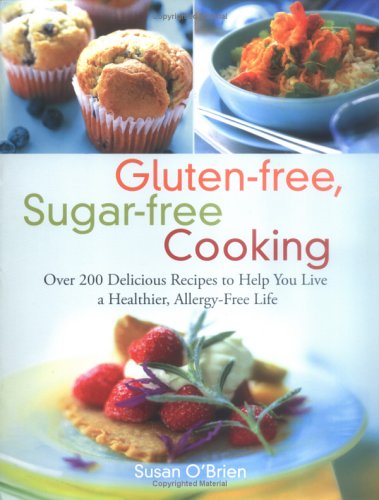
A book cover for Gluten-free, Sugar-free Cooking: Over 200 Delicious Recipes to Help You Live a Healthier, Allergy-Free Life; Susan O'Brien; Cookbooks, Food & Wine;